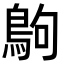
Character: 𪀊